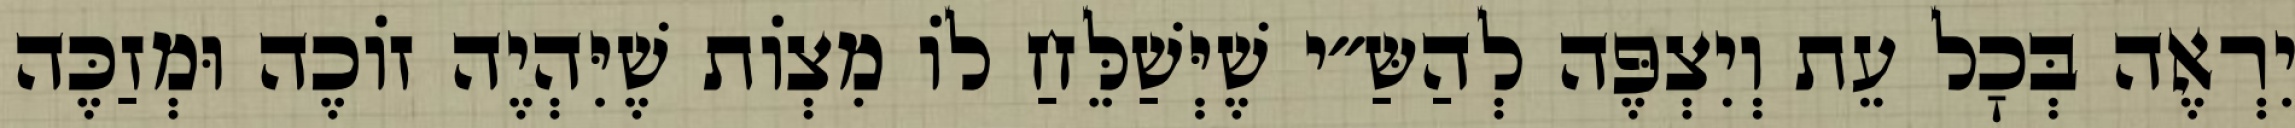
יִרְאֶה בְּכׇל עֵת וְיִצְפֶּה לְהַשַּ״י שֶׁיְּשַׁלֵּחַ לוֹ מִצְוֹת שֶׁיִּהְיֶה זוֹכֶה וּמְזַכֶּה